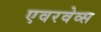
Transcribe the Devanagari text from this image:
एवरवेव्स